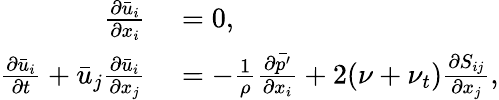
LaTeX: \begin{array}{rl}{\frac{\partial\bar{u}_{i}}{\partial x_{i}}}&{{}=0,}\\ {\frac{\partial\bar{u}_{i}}{\partial t}+\bar{u}_{j}\frac{\partial\bar{u}_{i}}{\partial x_{j}}}&{{}=-\frac{1}{\rho}\frac{\partial\bar{p^{\prime}}}{\partial x_{i}}+2(\nu+\nu_{t})\frac{\partial S_{ij}}{\partial x_{j}},}\end{array}